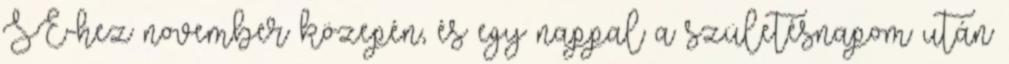
SE-hez november közepén, és egy nappal a születésnapom után